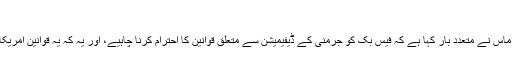
‘‘
جرمنی کے وزیر انصاف ہائیکو ماس نے متعدد بار کہا ہے کہ فیس بک کو جرمنی کے ڈیفیمیشن سے متعلق قوانین کا احترام کرنا چاہیے، اور یہ کہ یہ قوانین امریکا کے مقابلے میں زیادہ سخت ہیں۔